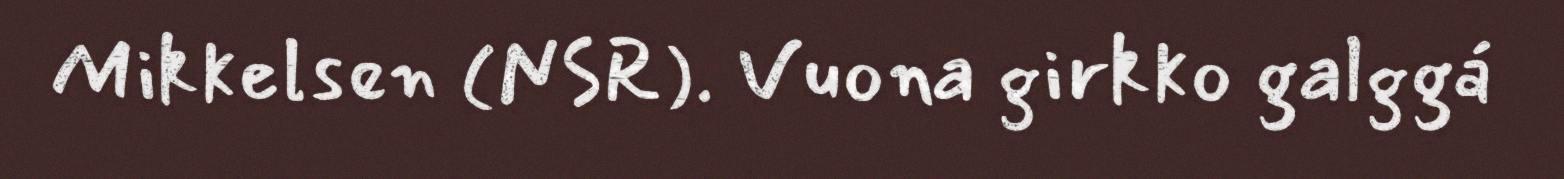
Mikkelsen (NSR). Vuona girkko galggá